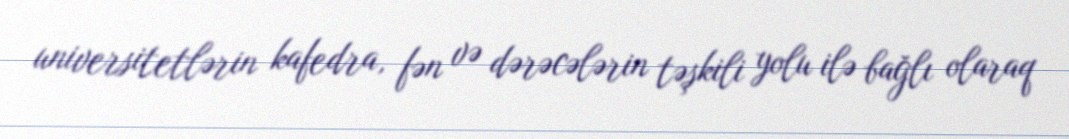
universitetlərin kafedra, fən və dərəcələrin təşkili yolu ilə bağlı olaraq